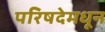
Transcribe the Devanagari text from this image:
परिषदेमधून